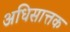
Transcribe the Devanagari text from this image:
अधिसात्तक